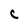
Character: C